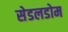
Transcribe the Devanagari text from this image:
सेडलडोम